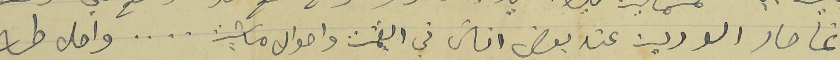
انما صار الو دين عند بعض اناسَ في العمشت واحوال ماشيت.. ..  واصل طه